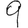
Digit: 9